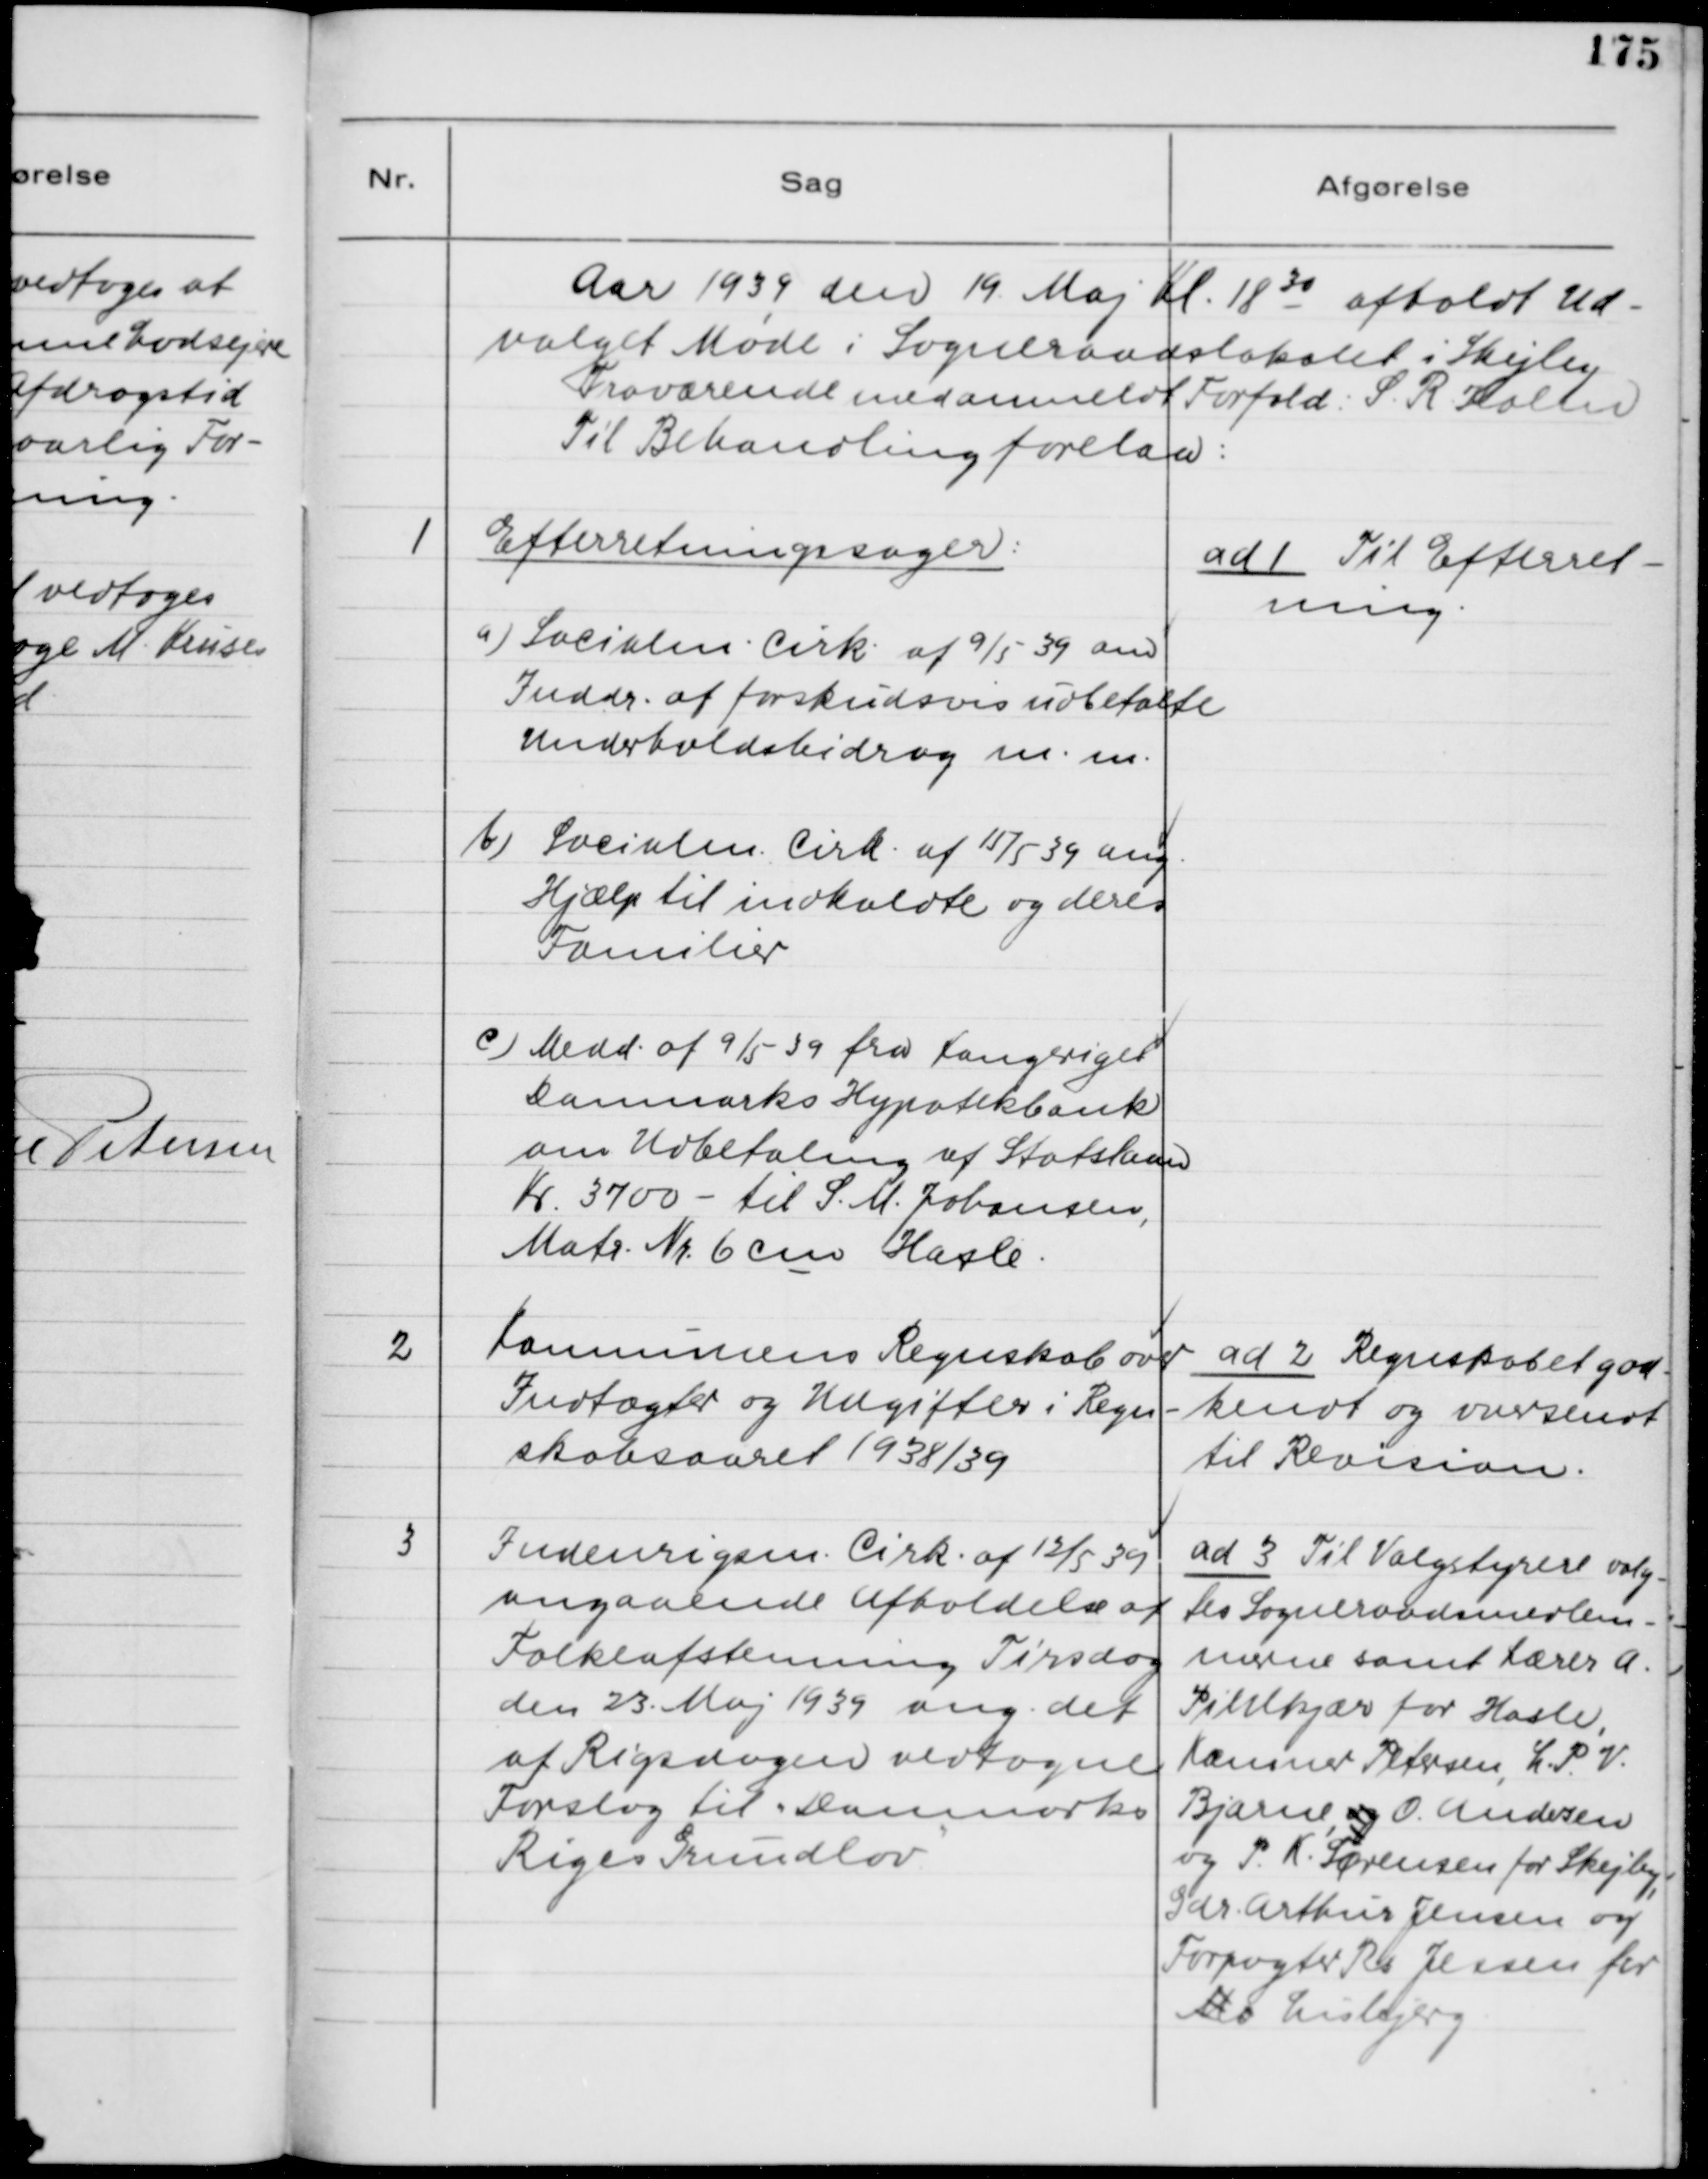
Transskription:
Aar 1939 den 19. Maj Kl. 18 30 afholdt Ud-
valget Møde i Sogneraadslokalet i Skejby.
Fraværende med anmeldt Forfald: S. R. Holm
Til Behandling forelaa:

1
Efterretningssager:
a) Socialm. Cirk. af 9/5-39 om
Inddr. af forskudsvis udbetalte
Underholdsbidrag m.m.
b) Socialm. Cirk. af 15/5 39 ang.
Hjælp til indkaldte og deres
Familier
c) Medd. af 9/5 39 fra Kongeriget
Danmarks Hypotekbank
om Udbetaling af Statslaan
Kr. 3700 - til S. M. Johansen,
Matr. Nr. 6cm Hasle

ad 1. Til Efterret-
ning.

2
Kommunens Regnskab over
Indtægter og Udgifter i Regn-
skabsaaret 1938/39

ad 2. Regnskabet god-
kendt og oversendt
til Revision.

3
Indenrigsm. Cirk. af 12/5 39
angaaende Afholdelse af
Folkeafstemning Tirsdag
den 23. Maj 1939 ang. det
af Rigsdagen vedtagne
Forslag til "Danmarks
Riges Grundlov"

ad 3. Til Valgstyrere valg-
tes Sogneraadsmedlem-
merne samt Lærer A.
Pihlkjær for Hasle,
Kæmner Petersen, L. P. V.
Bjarne, og O. Andersen
og P. K. Sørensen for Skejby,
Gdr. Arthur Jensen og
Forpagter Rs. Jessen for
Ms Lisbjerg